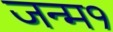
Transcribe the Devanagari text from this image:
जन्म१